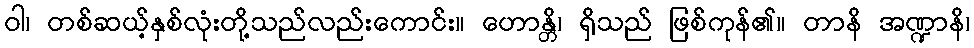
ဝါ၊ တစ်ဆယ့်နှစ်လုံးတို့သည်လည်းကောင်း။ ဟောန္တိ၊ ရှိသည် ဖြစ်ကုန်၏။ တာနိ အဏ္ဍာနိ၊